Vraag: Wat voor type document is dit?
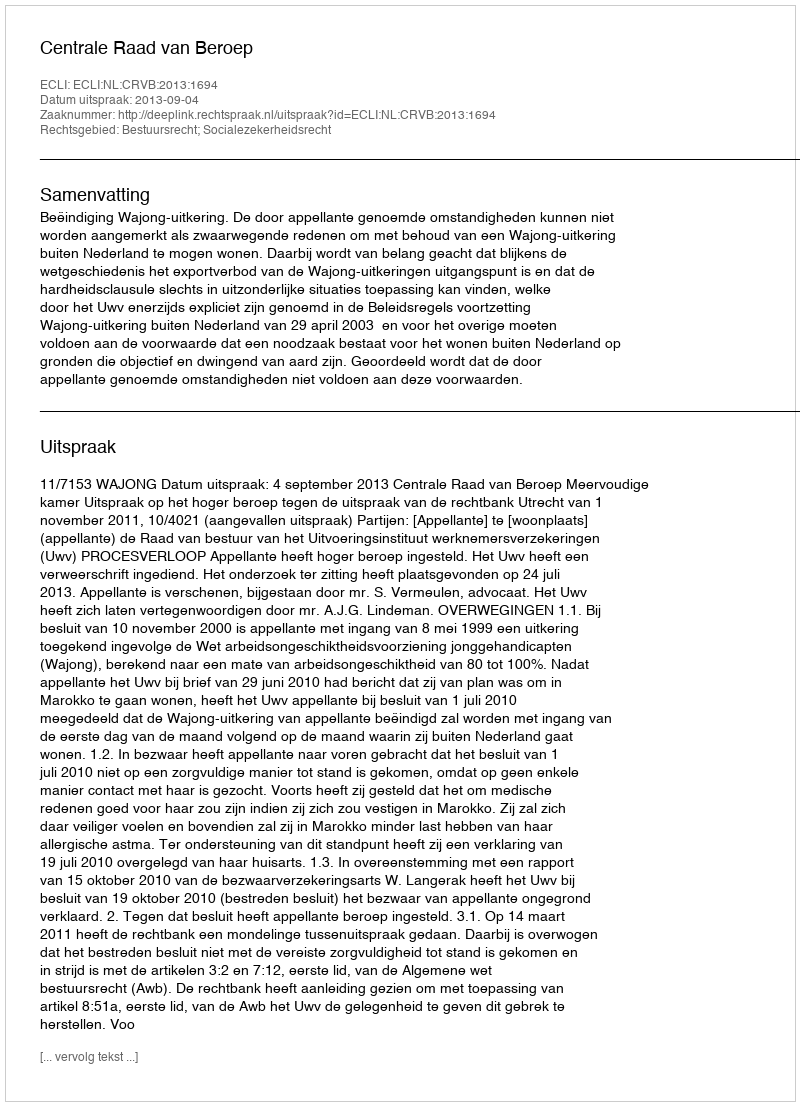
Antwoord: Uitspraak